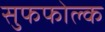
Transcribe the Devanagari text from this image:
सुफफोल्क